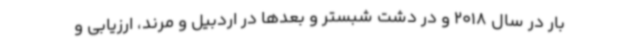
بار در سال 2018 و در دشت شبستر و بعدها در اردبیل و مرند، ارزیابی و